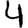
Digit: 4